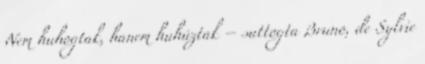
Nem huhogtak, hanem huhúztak – suttogta Bruno, de Sylvie